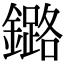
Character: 鏴